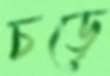
চড়ে